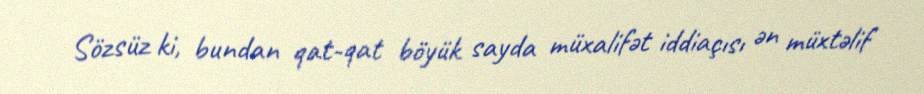
Sözsüz ki, bundan qat-qat böyük sayda müxalifət iddiaçısı ən müxtəlif